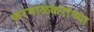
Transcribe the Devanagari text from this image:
करमाळकरांच्या